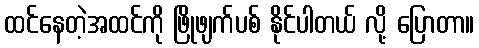
ထင်နေတဲ့အထင်ကို ဖြိုဖျက်ပစ် နိုင်ပါတယ် လို့ ပြောတာ။